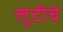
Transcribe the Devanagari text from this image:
लूटीचे